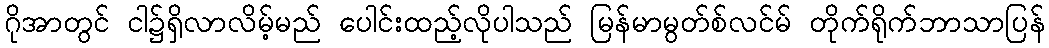
ဂိုအာတွင် ငါ၌ရှိလာလိမ့်မည် ပေါင်းထည့်လိုပါသည် မြန်မာမွတ်စ်လင်မ် တိုက်ရိုက်ဘာသာပြန်